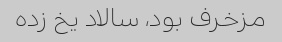
مزخرف بود، سالاد یخ زده